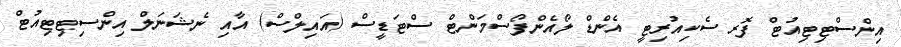
އިންސްޓިޓިއުޓް ފޮރ ސެކިއުރިޓީ އެންޑް ލޯއެންފޯސްމަންޓް ސްޓަޑީސް (އައިލްސް) އާއި ނެޝަނަލް އިންސިޓިޓިއުޓް